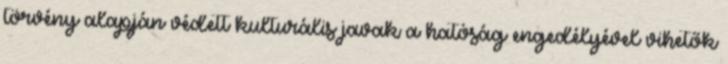
törvény alapján védett kulturális javak a hatóság engedélyével vihetők